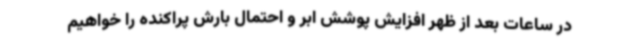
در ساعات بعد از ظهر افزایش پوشش ابر و احتمال بارش پراکنده را خواهیم